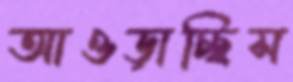
আওড়াচ্ছিস